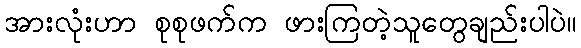
အားလုံးဟာ စုစုဖက်က ဖားကြတဲ့သူတွေချည်းပါပဲ။